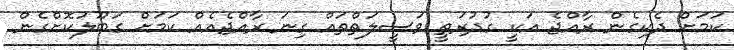
ކަމަށް ދެކިގެން ރާއްޖެ އަކީ ގުދުރަތީ ވަސީލަތްތައް ގިނަ ރާއްޖެއެއް ކަމަށް ގަބޫލުކޮށްގެން